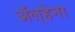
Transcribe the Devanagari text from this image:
अॅल्हेना